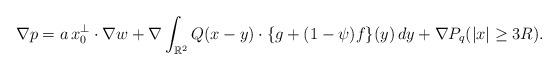
LaTeX: \begin{align*}\nabla p=a\,x_0^\perp\cdot\nabla w+\nabla\int_{\mathbb R^2}Q(x-y)\cdot\{g+(1-\psi)f\}(y)\,dy+\nabla P_q (|x|\geq 3R).\end{align*}